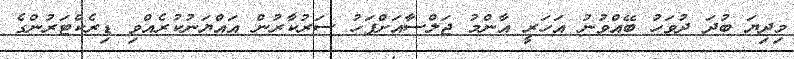
މިދިޔަ ބުދަ ދުވަހު ބޭއްވުނު އަހަރީ އާންމު ޖަލްސާއަށްފަހު ސަރުކާރުން އައްޔަނުކުރެއްވި ޑިރެކްޓަރުންގެ